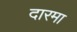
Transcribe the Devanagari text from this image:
दारमा